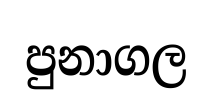
පුනාගල